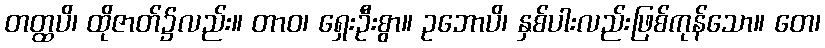
တတ္ထပိ၊ ထိုဇာတ်၌လည်း။ တာဝ၊ ရှေးဦးစွာ။ ဥဘောပိ၊ နှစ်ပါးလည်းဖြစ်ကုန်သော။ တေ၊